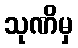
သုဏိမှ